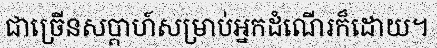
ជាច្រើនសប្តាហ៍សម្រាប់អ្នកដំណើរក៏ដោយ។